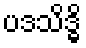
ပဒသိဒ္ဓိ